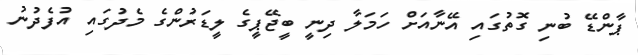
ޕާންޑޭ ބުނި ގޮތުގައި އޭނާއަށް ހަމަލާ ދިނީ ބީޖޭޕީގެ ލީޑަރުންގެ މެދުގައި އުފެދުނު